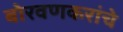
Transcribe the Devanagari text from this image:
बोरवणकरांचे